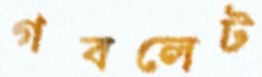
গবলেট